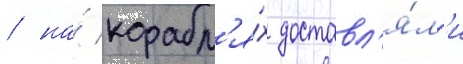
/ на́ корабл'я́х доставл'я́л'и